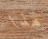
هذا